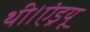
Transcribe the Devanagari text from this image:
थी।एंड्रयू